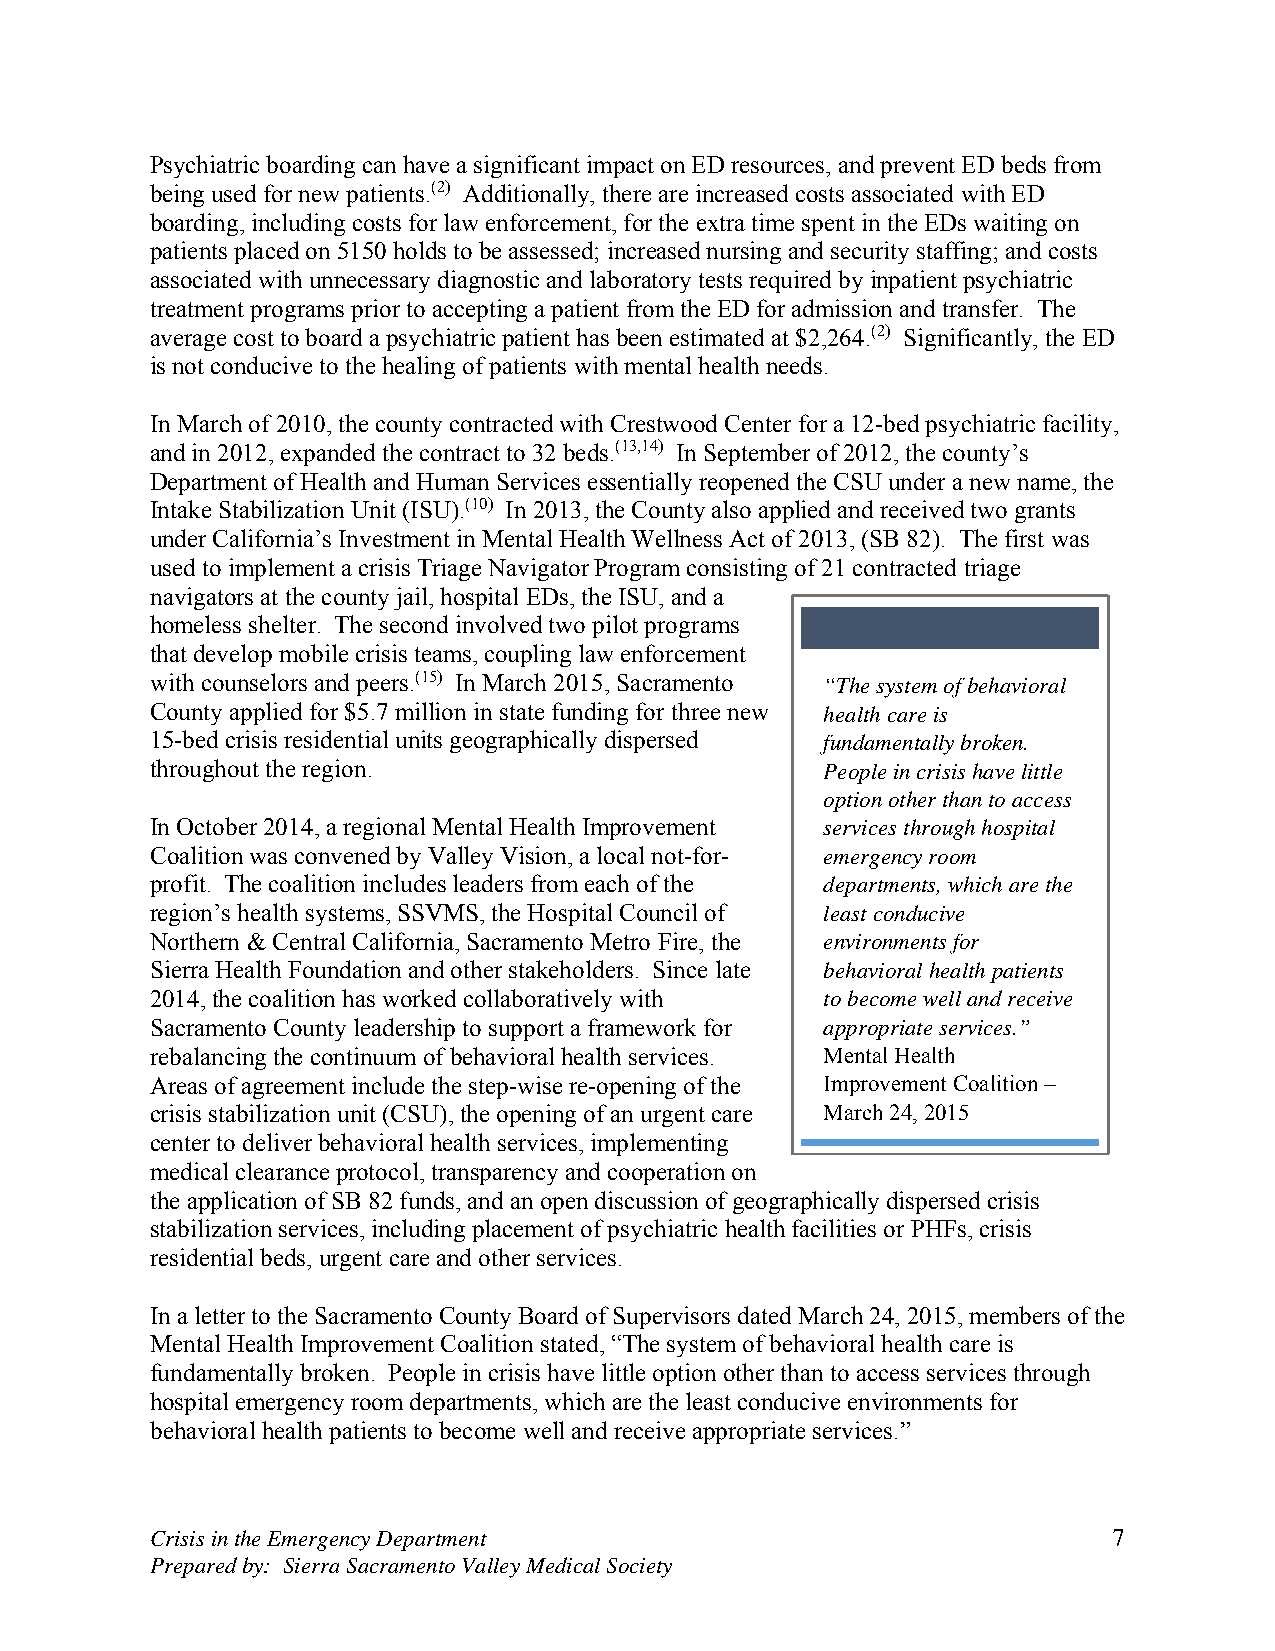
Psychiatric boarding can have a significant impact on ED resources, and prevent ED beds from
 being used for new patients.(2) Additionally, there are increased costs associated with ED
 boarding, including costs for law enforcement, for the extra time spent in the EDs waiting on
 patients placed on 5150 holds to be assessed; increased nursing and security staffing; and costs
 associated with unnecessary diagnostic and laboratory tests required by inpatient psychiatric
 treatment programs prior to accepting a patient from the ED for admission and transfer. The
 average cost to board a psychiatric patient has been estimated at $2,264.(2) Significantly, the ED
 is not conducive to the healing of patients with mental health needs.
 In March of 2010, the county contracted with Crestwood Center for a 12-bed psychiatric facility,
 and in 2012, expanded the contract to 32 beds.(13,14) In September of 2012, the county’s
 Department of Health and Human Services essentially reopened the CSU under a new name, the
 Intake Stabilization Unit (ISU).(10) In 2013, the County also applied and received two grants
 under California’s Investment in Mental Health Wellness Act of 2013, (SB 82). The first was
 used to implement a crisis Triage Navigator Program consisting of 21 contracted triage
 navigators at the county jail, hospital EDs, the ISU, and a
 homeless shelter. The second involved two pilot programs
 that develop mobile crisis teams, coupling law enforcement
 with counselors and peers.(15) In March 2015, Sacramento “The system of behavioral
 County applied for $5.7 million in state funding for three new health care is
 15-bed crisis residential units geographically dispersed fundamentally broken.
 throughout the region.                       People in crisis have little
 option other than to access
 In October 2014, a regional Mental Health Improvement services through hospital
 Coalition was convened by Valley Vision, a local not-for- emergency room
 profit. The coalition includes leaders from each of the departments, which are the
 region’s health systems, SSVMS, the Hospital Council of least conducive
 Northern & Central California, Sacramento Metro Fire, the environments for
 Sierra Health Foundation and other stakeholders. Since late behavioral health patients
 2014, the coalition has worked collaboratively with to become well and receive
 Sacramento County leadership to support a framework for appropriate services.”
 rebalancing the continuum of behavioral health services. Mental Health
 Areas of agreement include the step-wise re-opening of the Improvement Coalition –
 crisis stabilization unit (CSU), the opening of an urgent care March 24, 2015
 center to deliver behavioral health services, implementing
 medical clearance protocol, transparency and cooperation on
 the application of SB 82 funds, and an open discussion of geographically dispersed crisis
 stabilization services, including placement of psychiatric health facilities or PHFs, crisis
 residential beds, urgent care and other services.
 In a letter to the Sacramento County Board of Supervisors dated March 24, 2015, members of the
 Mental Health Improvement Coalition stated, “The system of behavioral health care is
 fundamentally broken. People in crisis have little option other than to access services through
 hospital emergency room departments, which are the least conducive environments for
 behavioral health patients to become well and receive appropriate services.”
 Crisis in the Emergency Department                              7
 Prepared by: Sierra Sacramento Valley Medical Society